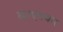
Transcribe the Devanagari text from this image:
बाएतबार